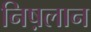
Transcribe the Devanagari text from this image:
निष़लान